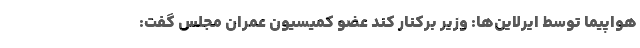
هواپیما توسط ایرلاین‌ها: وزیر برکنار کند عضو کمیسیون عمران مجلس گفت: